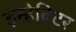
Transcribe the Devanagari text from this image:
इन्हेबिटर